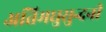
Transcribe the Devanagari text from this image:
अतिमघुसुन्दनी